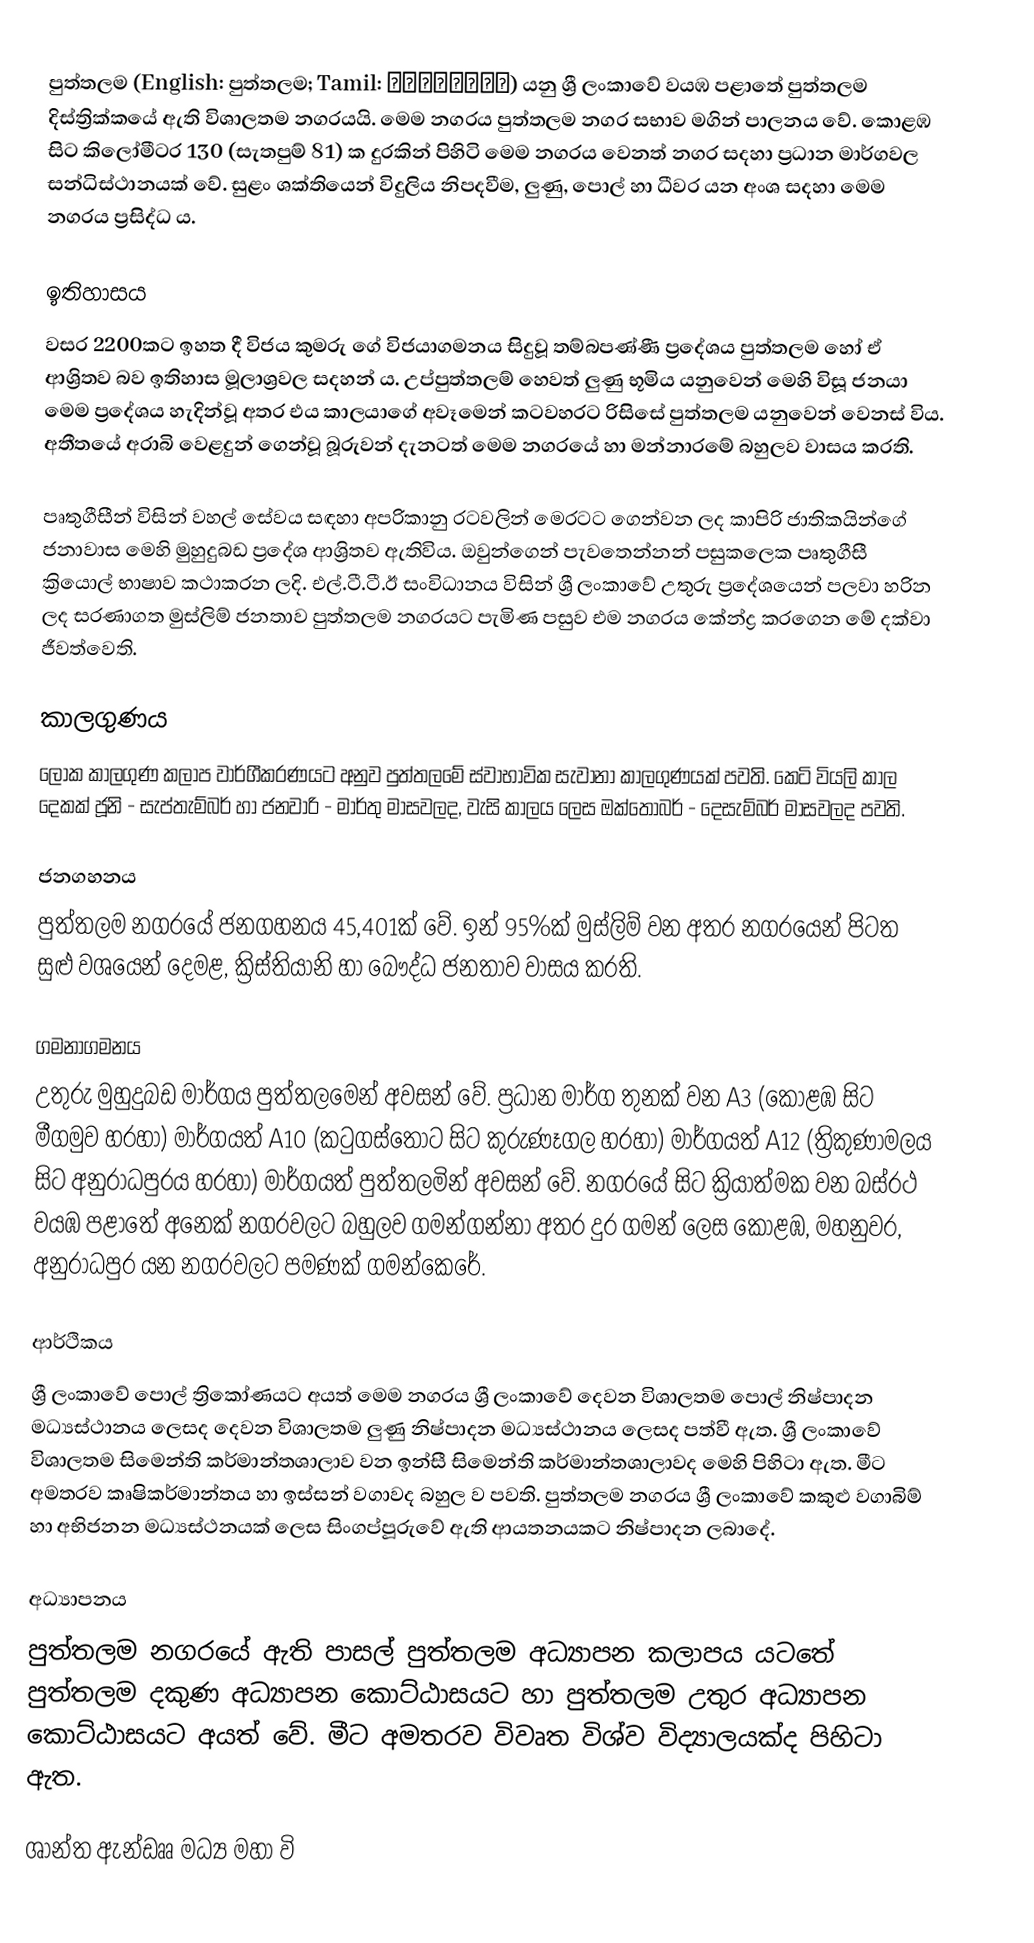
පුත්තලම (English: පුත්තලම; Tamil: புத்தளம்) යනු ශ්‍රී ලංකාවේ වයඹ පළාතේ පුත්තලම දිස්ත්‍රික්කයේ ඇති විශාලතම නගරයයි. මෙම නගරය පුත්තලම නගර සභාව මගින් පාලනය වේ. කොළඹ සිට කිලෝමීටර 130 (සැතපුම් 81) ක දුරකින් පිහිටි මෙම නගරය වෙනත් නගර සදහා ප්‍රධාන මාර්ගවල සන්ධිස්ථානයක් වේ. සුළං ශක්තියෙන් විදුලිය නිපදවීම, ලුණු, පොල් හා ධීවර යන අංශ සදහා මෙම නගරය ප්‍රසිද්ධ ය.

ඉතිහාසය
වසර 2200කට ඉහත දී විජය කුමරු ගේ විජයාගමනය සිදුවූ තම්බපණ්ණී ප්‍රදේශය පුත්තලම හෝ ඒ ආශ්‍රිතව බව ඉතිහාස මූලාශ්‍රවල සදහන් ය. උප්පුත්තලම් හෙවත් ලුණු භූමිය යනුවෙන් මෙහි විසූ ජනයා මෙම ප්‍රදේශය හැදින්වූ අතර එය කාලයාගේ අවෑමෙන් කටවහරට රිසිසේ පුත්තලම යනුවෙන් වෙනස් විය. අතීතයේ අරාබි වෙළදුන් ගෙන්වූ බූරුවන් දැනටත් මෙම නගරයේ හා මන්නාරමේ බහුලව වාසය කරති.

පෘතුගීසීන් විසින් වහල් සේවය සඳහා අප‍්‍රිකානු රටවලින් මෙරටට ගෙන්වන ලද කාපිරි ජාතිකයින්ගේ ජනාවාස මෙහි මුහුදුබඩ ප්‍රදේශ ආශ්‍රිතව ඇතිවිය. ඔවුන්ගෙන් පැවතෙන්නන් පසුකලෙක පෘතුගීසී ක්‍රියොල් භාෂාව කථාකරන ලදි. එල්.ටී.ටී.ඊ සංවිධානය විසින් ශ්‍රී ලංකාවේ උතුරු ප්‍රදේශයෙන් පලවා හරින ලද සරණාගත මුස්ලිම් ජනතාව පුත්තලම නගරයට පැමිණ පසුව එම නගරය කේන්ද්‍ර කරගෙන මේ දක්වා ජීවත්වෙති.

කාලගුණය
ලෝක කාලගුණ කලාප වාර්ගීකරණයට අනුව පුත්තලමේ ස්වාභාවික සැවානා කාලගුණයක් පවති. කෙටි වියලි කාල දෙකක් ජූනි - සැප්තැම්බර් හා ජනවාරි - මාර්තු මාසවලද, වැසි කාලය ලෙස ඔක්තෝබර් - දෙසැම්බර් මාසවලද පවති.

ජනගහනය
පුත්තලම නගරයේ ජනගහනය 45,401ක් වේ. ඉන් 95%ක් මුස්ලිම් වන අතර නගරයෙන් පිටත සුළු වශයෙන් දෙමළ, ක්‍රිස්තියානි හා බෞද්ධ ජනතාව වාසය කරති.

ගමනාගමනය
උතුරු මුහුදුබඩ මාර්ගය පුත්තලමෙන් අවසන් වේ. ප්‍රධාන මාර්ග තුනක් වන A3 (කොළඹ සිට මීගමුව හරහා) මාර්ගයත් A10 (කටුගස්තොට සිට කුරුණෑගල හරහා) මා‍ර්ගයත් A12 (ත්‍රිකුණාමලය සිට අනුරාධපුරය හරහා) මාර්ගයත් පුත්තලමින් අවසන් වේ. නගරයේ සිට ක්‍රියාත්මක වන බස්රථ වයඹ පළාතේ අනෙක් නගරවලට බහුලව ගමන්ගන්නා අතර දුර ගමන් ලෙස කොළඹ, මහනුවර, අනුරාධපුර යන නගරවලට පමණක් ගමන්කෙරේ.

ආර්ථිකය
ශ්‍රී ලංකාවේ පොල් ත්‍රිකෝණයට අයත් මෙම නගරය ශ්‍රී ලංකාවේ දෙවන විශාලතම පොල් නිෂ්පාදන මධ්‍යස්ථානය ලෙසද දෙවන විශාලතම ලුණු නිෂ්පාදන මධ්‍යස්ථානය ලෙසද පත්වී ඇත. ශ්‍රී ලංකාවේ විශාලතම සිමෙන්ති කර්මාන්තශාලාව වන ඉන්සී සිමෙන්ති කර්මාන්තශාලාවද මෙහි පිහිටා ඇත. මීට අමතරව කෘෂිකර්මාන්තය හා ඉස්සන් වගාවද බහුල ව පවති. පුත්තලම නගරය ශ්‍රී ලංකාවේ කකුළු වගාබිම් හා අභිජනන මධ්‍යස්ථනයක් ලෙස සිංගප්පූරුවේ ඇති ආයතනයකට නිෂ්පාදන ලබාදේ.

අධ්‍යාපනය
පුත්තලම නගරයේ ඇති පාසල් පුත්තලම අධ්‍යාපන කලාපය යටතේ පුත්තලම දකුණ අධ්‍යාපන කොට්ඨාසයට හා පුත්තලම උතුර අධ්‍යාපන කොට්ඨාසයට අයත් වේ. මීට අමතරව විවෘත විශ්ව විද්‍යාලයක්ද පිහිටා ඇත.

 ශාන්ත ඇන්ඩෲ  මධ්‍ය මහා වි